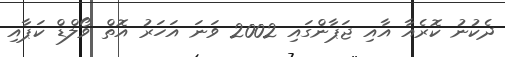
ދެކުނު ކޮރެއާ އާއި ޖަޕާންގައި 2002 ވަނަ އަހަރު އޮތް ވޯލްޑް ކަޕާއި